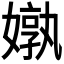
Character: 𪦝